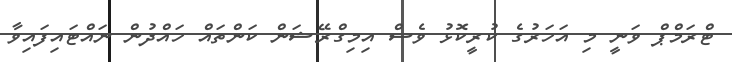
ޓްރަމްޕް ވަނީ މި އަހަރުގެ ކުރީކޮޅު ވެސް އިމިގްރޭޝަން ކަންތައް ހައްދުން ނައްޓައިފައިވާ